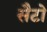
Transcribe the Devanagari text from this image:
सैटो